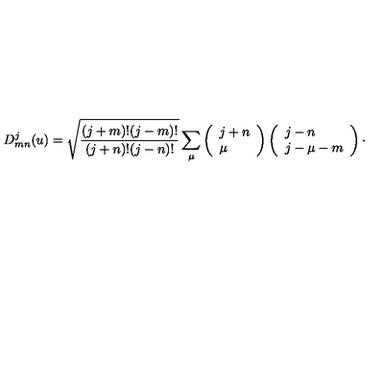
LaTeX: D _ { m n } ^ { j } ( u ) = \sqrt { \frac { ( j + m ) ! ( j - m ) ! } { ( j + n ) ! ( j - n ) ! } } \sum _ { \mu } \left( \begin{array} { l } { j + n } \\ { \mu } \\ \end{array} \right) \left( \begin{array} { l } { j - n } \\ { j - \mu - m } \\ \end{array} \right) \cdot